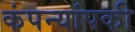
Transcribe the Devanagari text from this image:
कंपन्यांपकी